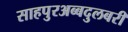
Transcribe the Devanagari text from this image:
साहपुरअब्बदुलबरी